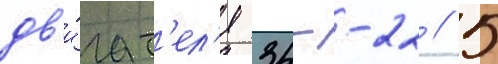
дв'и́гат'ел'я 34--22 // 5